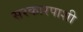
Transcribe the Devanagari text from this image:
सरकारपाशी